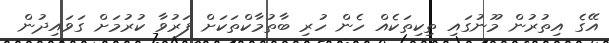
އޭގެ އިތުރުން މޫނުގައި ތިކިތަކެއް ހެން ހުރި ބާތުމާކްތަކަށް ފަރުވާ ކުރުމަށް ގަވައިދުން